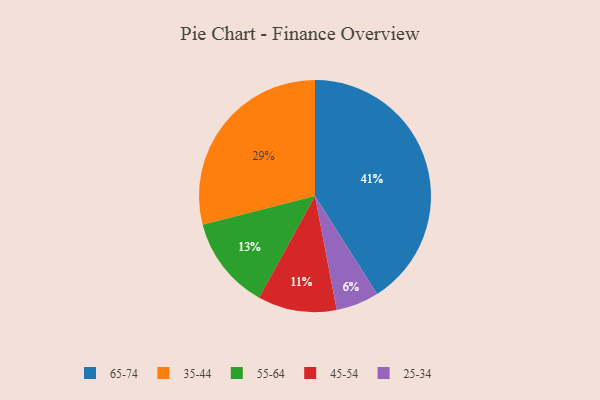
{"axis": {"x": "Category", "y": "Percentage"}, "legend": ["25-34", "35-44", "45-54", "55-64", "65-74"], "data": [{"x": "25-34", "y": 6, "type": "25-34"}, {"x": "45-54", "y": 11, "type": "45-54"}, {"x": "65-74", "y": 41, "type": "65-74"}, {"x": "55-64", "y": 13, "type": "55-64"}, {"x": "35-44", "y": 29, "type": "35-44"}]}